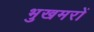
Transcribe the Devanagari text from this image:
भुखमरों